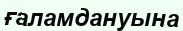
ғаламдануына